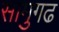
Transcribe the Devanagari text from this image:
सामुगढ